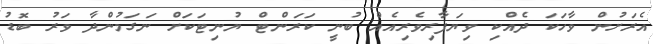
އެރަށުން ވާހަކަ ދެއްކި ވިޔަފާރިވެރިއެއް ބުނީ ކަރަންޓް ޔުނިޓަކަށް ނަގަމުންދާ ވަރު ބޮޑު